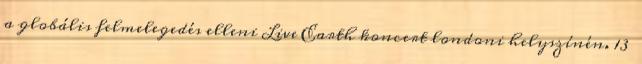
a globális felmelegedés elleni Live Earth koncert londoni helyszínén. 13